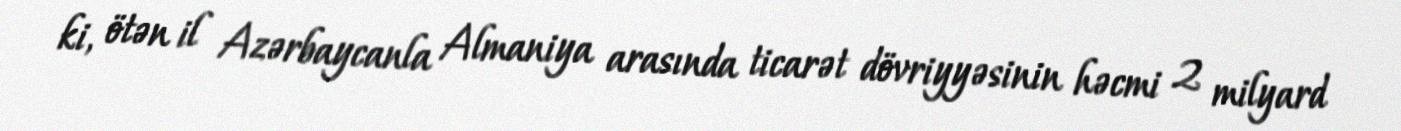
ki, ötən il Azərbaycanla Almaniya arasında ticarət dövriyyəsinin həcmi 2 milyard